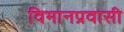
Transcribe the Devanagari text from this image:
विमानप्रवासी